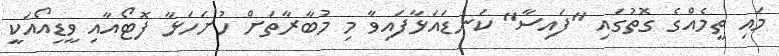
މައި ތީމެއްގެ ގޮތުގައި "ފައިސާ" ކަނޑައަޅާފައިވާ މި މުބާރާތަށް ހުށަހަޅާ ފޮޓޯއާއި ވީޑިއޯއަކީ